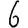
Digit: 6